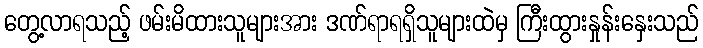
တွေ့လာရသည့် ဖမ်းမိထားသူများအား ဒဏ်ရာရရှိသူများထဲမှ ကြီးထွားနှုန်းနှေးသည်